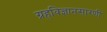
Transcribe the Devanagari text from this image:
ग्रहविज्ञानसारणी